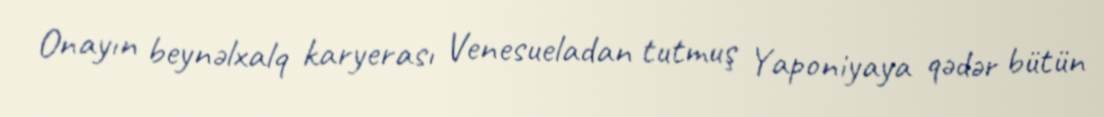
Onayın beynəlxalq karyerası Venesueladan tutmuş Yaponiyaya qədər bütün